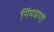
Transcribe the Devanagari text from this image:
निंयत्रणों